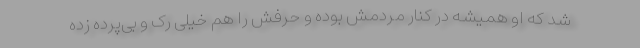
شد که او همیشه در کنار مردمش بوده و حرفش را هم خیلی رک و بی‌پرده زده